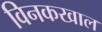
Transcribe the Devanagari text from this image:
विनकखाल